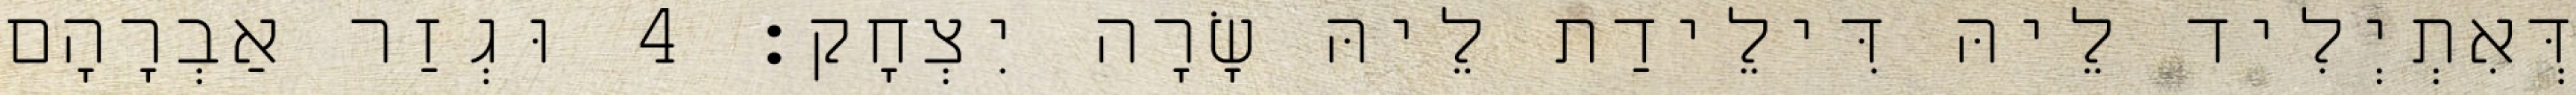
דְּאִתְיְלִיד לֵיהּ דִּילֵידַת לֵיהּ שָׂרָה יִצְחָק׃ 4 וּגְזַר אַבְרָהָם